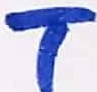
Text: T